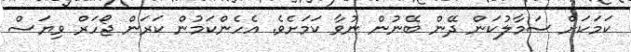
ކަމަކަށް ސަމާލުކަން ދޭން ބޭނުން ނުވާ ކަމަށެވެ. އެހެންކަމުން ކަރަން ޖޯހަރް ވިޔަސް